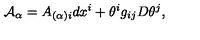
{ \cal A } _ { \alpha } = A _ { ( \alpha ) i } d x ^ { i } + \theta ^ { i } g _ { i j } D \theta ^ { j } ,